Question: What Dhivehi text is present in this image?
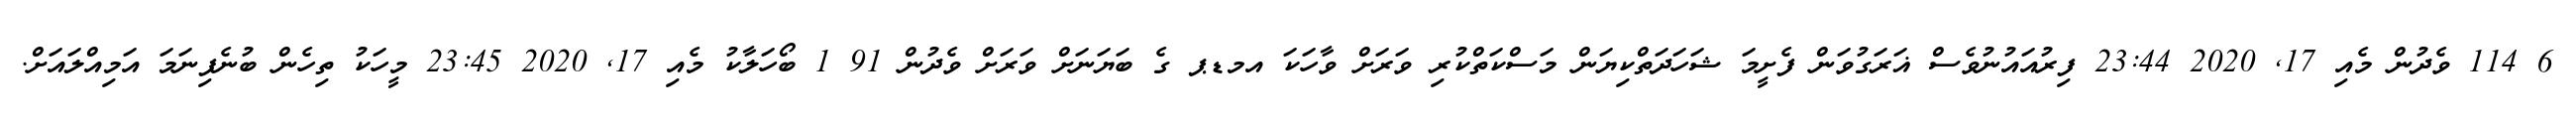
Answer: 6 114 ވެދުން މެއި 17, 2020 23:44 ފިރުއައުނުވެސް ޣަރަގުވަން ފެށީމަ ޝަހަދަތްކިޔަން މަސްކަތްކުރި ވަރަށް ވާހަކަ އމޑޕ ގެ ބަޔަނަށް ވަރަށް ވެދުން 91 1 ބޯހަލާކު މެއި 17, 2020 23:45 މީހަކު ތިހެން ބުނެފިނަމަ އަމިއްލައަށް.